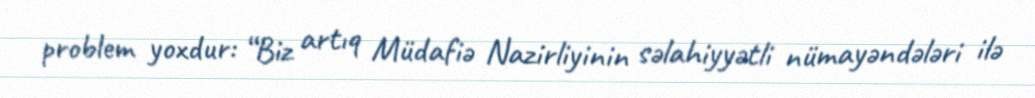
problem yoxdur: “Biz artıq Müdafiə Nazirliyinin səlahiyyətli nümayəndələri ilə